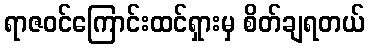
ရာဇဝင်ကြောင်းထင်ရှားမှ စိတ်ချရတယ်